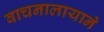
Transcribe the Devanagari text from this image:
वाचनालायाने